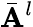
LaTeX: \bar{\mathbf{A}}^{l}